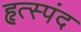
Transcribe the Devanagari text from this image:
हृत्स्पंद